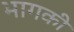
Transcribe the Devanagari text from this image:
भागकी